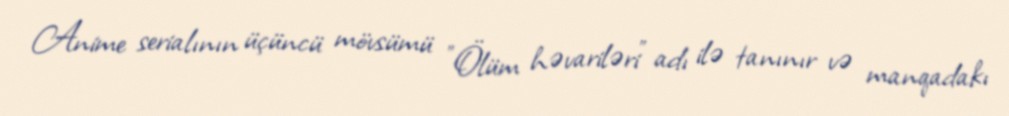
Anime serialının üçüncü mövsümü "Ölüm həvariləri" adı ilə tanınır və manqadakı